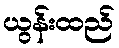
ယွန်းထည်